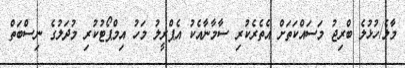
މާލެ/ހުޅުލެ ބްރިޖު މަސައްކަތަށް އެތެރެކުރި ސާމާނާއެކު އެޕްރީލު މަހު އިމްޕޯޓުކުރި މުދަލުގެ ނިސްބަތް